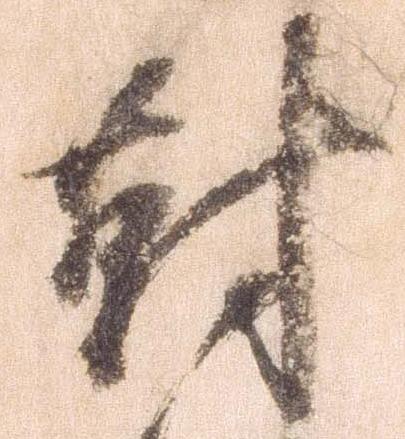
対